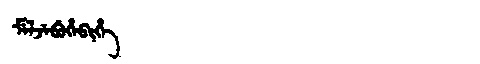
Manchu: ᠮᡝᠯᠵᡝᠪᡠᡥᡝᠪᡳᡥᡝ
Romanization: MELJEBUHEBIHE